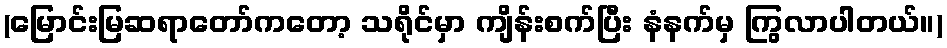
(မြောင်းမြဆရာတော်ကတော့ သရိုင်မှာ ကျိန်းစက်ပြီး နံနက်မှ ကြွလာပါတယ်။)